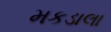
મકડાલા